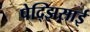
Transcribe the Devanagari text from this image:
पेद्झिसाई